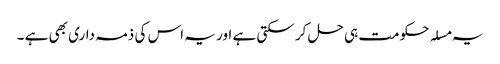
یہ مسلہ حکومت ہی حل کر سکتی ہے اور یہ اس کی ذمہ داری بھی ہے ۔